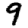
Digit: 9